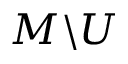
M \backslash U